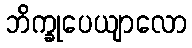
ဘိက္ခုပေယျာလော